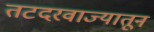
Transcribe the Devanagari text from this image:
तटदरवाज्यातून